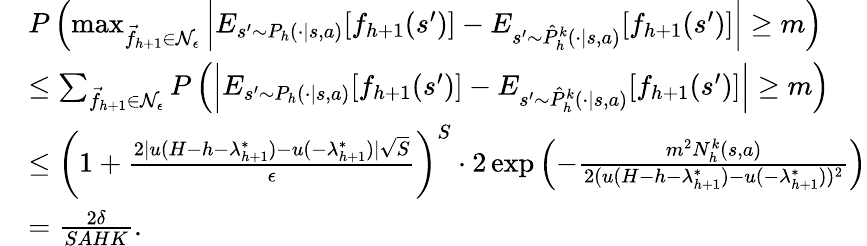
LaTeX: \begin{array}{rl}&{P\left(\operatorname*{max}_{\vec{f}_{h+1}\in\mathcal{N}_{\epsilon}}\left\vert E_{s^{\prime}\sim P_{h}(\cdot\vert s,a)}[f_{h+1}(s^{\prime})]-E_{s^{\prime}\sim\hat{P}_{h}^{k}(\cdot\vert s,a)}[f_{h+1}(s^{\prime})]\right\vert\geq m\right)}\\ &{\leq\sum_{\vec{f}_{h+1}\in\mathcal{N}_{\epsilon}}P\left(\left\vert E_{s^{\prime}\sim P_{h}(\cdot\vert s,a)}[f_{h+1}(s^{\prime})]-E_{s^{\prime}\sim\hat{P}_{h}^{k}(\cdot\vert s,a)}[f_{h+1}(s^{\prime})]\right\vert\geq m\right)}\\ &{\leq\left(1+\frac{2\vert u(H-h-\lambda_{h+1}^{*})-u(-\lambda_{h+1}^{*})\vert\sqrt{S}}{\epsilon}\right)^{S}\cdot 2\exp\left(-\frac{m^{2}N_{h}^{k}(s,a)}{2(u(H-h-\lambda_{h+1}^{*})-u(-\lambda_{h+1}^{*}))^{2}}\right)}\\ &{=\frac{2\delta}{SAHK}.}\end{array}